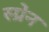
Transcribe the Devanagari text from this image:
स्प्रेन